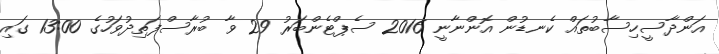
އަންދާސީހިސާބުތައް ކެނޑުން އޮންނާނީ 2016 ސެޕްޓެންބަރު 29 ވާ ބުރާސްފަތިދުވަހުގެ 13:00 ގައި